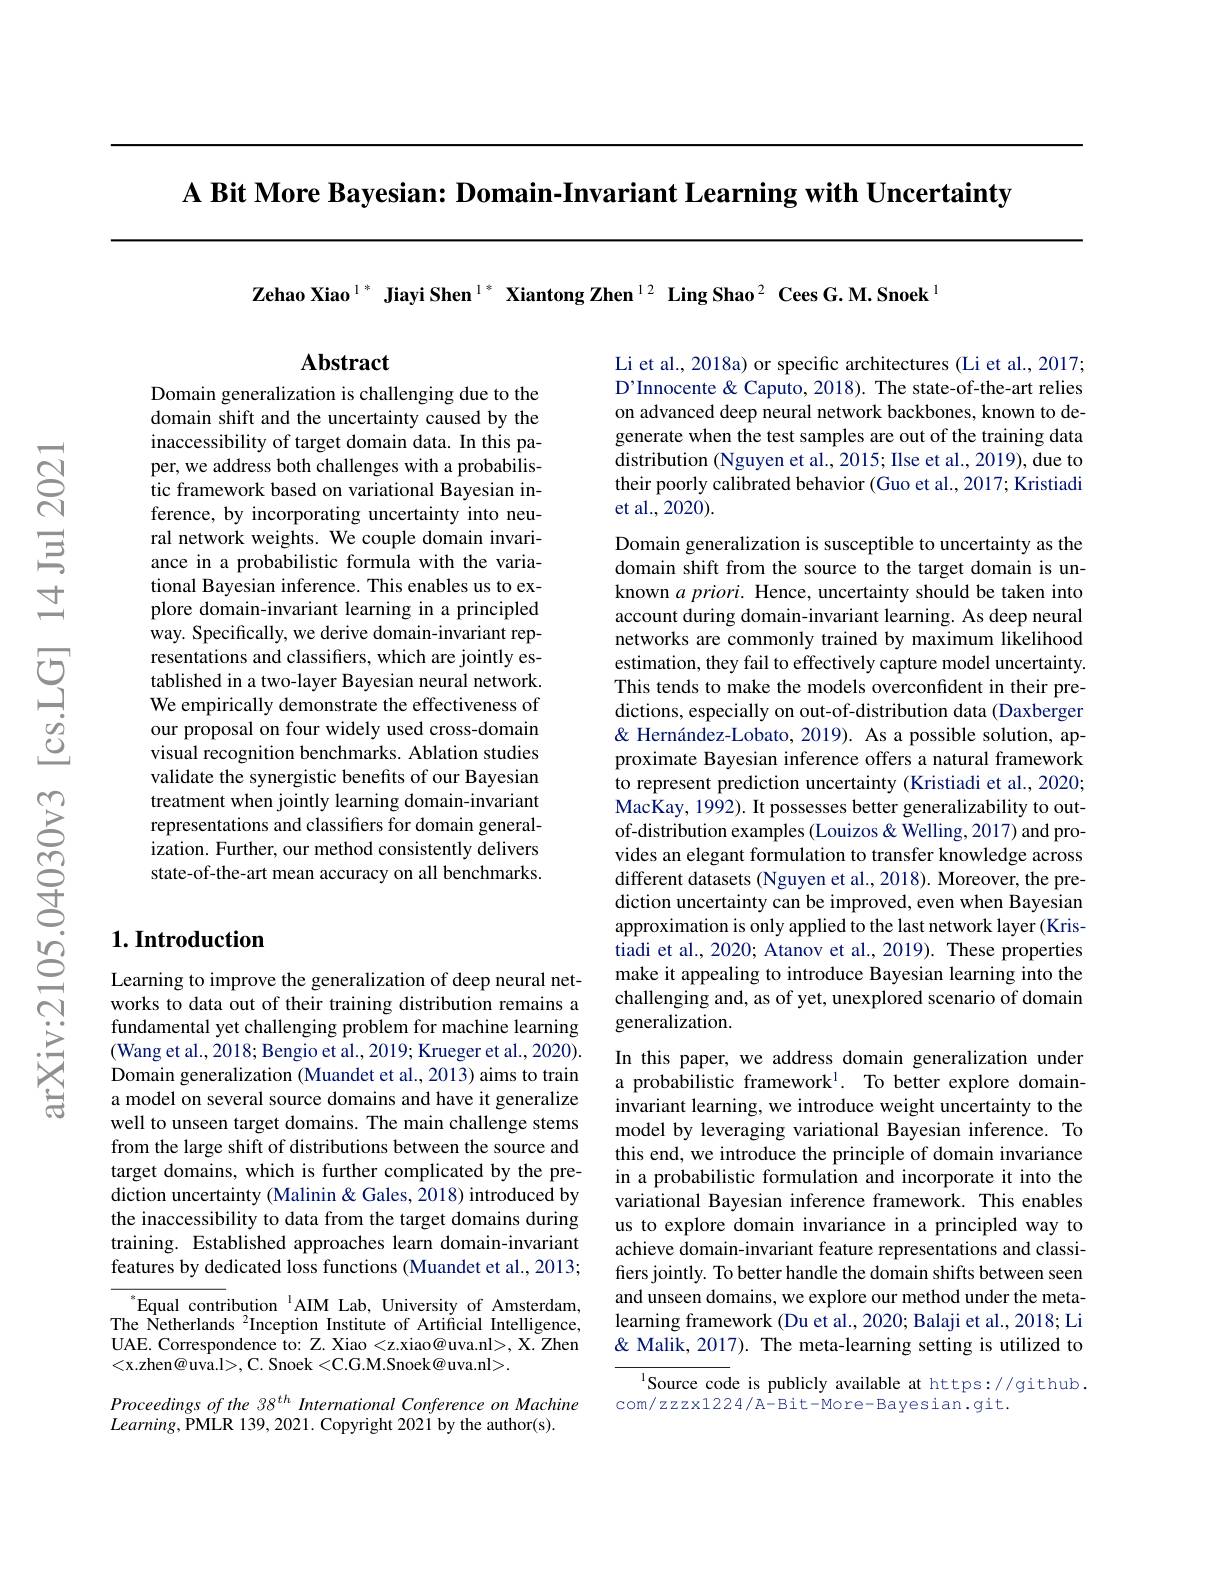
$\textbf{A Bit More Bayesian: Domain- Invariant Learning with Uncertainty}$

Zehao Xiao $^{1*}$ Jiayi Shen $^{1*}$ Xiantong Zhen$^{12}$ Ling Shao$^{2}$ Cees G.M.Snoek$^{1}$

## $\mathbf{Abstract}$

Li et al., 2018a) or specific architectures (Li et al., 2017; D'Innocente & Caputo, 2018). The state-of-the-art relies on advanced deep neural network backbones, known to degenerate when the test samples are out of the training data distribution (Nguyen et al., 2015; Ilse et al., 2019), due to their poorly calibrated behavior (Guo et al., 2017; Kristiadi et al., 202$\dot{0}).$

Domain generalization is challenging due to the domain shift and the uncertainty caused by the inaccessibility of target domain data. In this paper, we address both challenges with a probabilistic framework based on variational Bayesian inference, by incorporating uncertainty into neural network weights. We couple domain invariance in a probabilistic formula with the variational Bayesian inference. This enables us to explore domain-invariant learning in a principled way. Specifically, we derive domain-invariant representations and classifiers, which are jointly established in a two-layer Bayesian neural network. We empirically demonstrate the effectiveness of our proposal on four widely used cross-domain visual recognition benchmarks. Ablation studies validate the synergistic benefits of our Bayesian treatment when jointly learning domain-invariant representations and classifiers for domain generalization. Further, our method consistently delivers state-of-the-art mean accuracy on all benchmarks.

## $1. \textbf{Introduction}$

Learning to improve the generalization of deep neural networks to data out of their training distribution remains a fundamental yet challenging problem for machine learning (Wang et al., 2018; Bengio et al., 2019; Krueger et al., 2020). Domain generalization (Muandet et al., 2013) aims to train a model on several source domains and have it generalize well to unseen target domains. The main challenge stems from the large shift of distributions between the source and target domains, which is further complicated by the prediction uncertainty (Malinin & Gales, 2018) introduced by the inaccessibility to data from the target domains during training. Established approaches learn domain-invariant features by dedicated loss functions (Muandet et al., 2013;

${^{*}\text{Equal contribution}^{1}\text{AIM Lab, University of Amsterdam,}}$ The Netherlands $^2$Inception Institute of Artificial Intelligence, UAE. Correspondence to: Z. Xiao <z.xiao@uva.nl>, X. Zhen <x.zhen@uva.l>, C. Snoek<C.G.M.Snoek@uva.nl>.

Proceedings of the 38 th International Conference on Machine
$Learning$,PMLR 139, 2021. Copyright 2021 by the author(s).

Domain generalization is susceptible to uncertainty as the domain shift from the source to the target domain is unknown $a\textit{priori. Hence, uncertainty should be taken into}$ account during domain-invariant learning. As deep neural networks are commonly trained by maximum likelihood estimation, they fail to effectively capture model uncertainty. This tends to make the models overconfident in their predictions, especially on out-of-distribution data (Daxberger & Hernández-Lobato, 2019). As a possible solution, approximate Bayesian inference offers a natural framework to represent prediction uncertainty (Kristiadi et al., 2020; MacKay, 1992). It possesses better generalizability to outof-distribution examples (Louizos & Welling, 2017) and provides an elegant formulation to transfer knowledge across different datasets (Nguyen et al., 2018). Moreover, the prediction uncertainty can be improved, even when Bayesian approximation is only applied to the last network layer (Kristiadi et al., 2020; Atanov et al., 2019). These properties make it appealing to introduce Bayesian learning into the challenging and, as of yet, unexplored scenario of domain generalization.
In this paper, we address domain generalization under a probabilistic framework$^{\mathrm{l} }.$ To better explore domaininvariant learning, we introduce weight uncertainty to the model by leveraging variational Bayesian inference. To this end, we introduce the principle of domain invariance in a probabilistic formulation and incorporate it into the variational Bayesian inference framework. This enables us to explore domain invariance in a principled way to achieve domain-invariant feature representations and classifiers jointly. To better handle the domain shifts between seen and unseen domains, we explore our method under the metalearning framework (Du et al., 2020; Balaji et al., 2018; Li & Malik, 2017). The meta-learning setting is utilized to
Source code is publicly available at https://github.

com/zzzx1224/A-Bit-More-Bayesian.git.